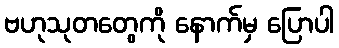
ဗဟုသုတတွေကို နောက်မှ ပြောပါ